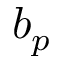
b _ { p }